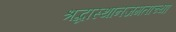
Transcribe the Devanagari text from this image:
श्रद्धास्थानजगताच्या